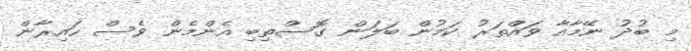
މި ބުދު ނޭމާއާ ވައްތަރު ކަމުން ބަލަން ގޮސްތިބި އެންމެން ވެސް ހައިރާން